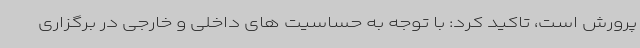
پرورش است، تاکید کرد: با توجه به حساسیت های داخلی و خارجی در برگزاری